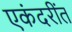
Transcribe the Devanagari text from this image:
एकंदरींत